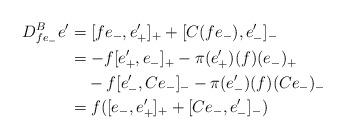
LaTeX: \begin{align*} D^B_{fe_-}e' & {} = [f e_-,e'_+]_+ + [C(f e_-),e'_-]_-\\ & {} = - f [e'_+,e_-]_+ - \pi(e'_+)(f)(e_-)_+\\ & \phantom{ {} =}- f [e'_-,Ce_-]_- - \pi(e'_-)(f)(C e_-)_-\\ & {} = f([e_-,e'_+]_+ + [Ce_-,e'_-]_-) \end{align*}